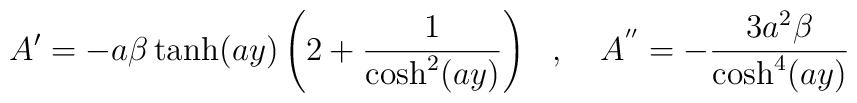
A'=-a\beta \tanh(ay)\left(2+\frac{1}{\cosh^2(ay)}\right)\,\,\,\,,\,\,\,\,\,\,A^{''}=-\frac{3a^2\beta}{\cosh^4(ay)}